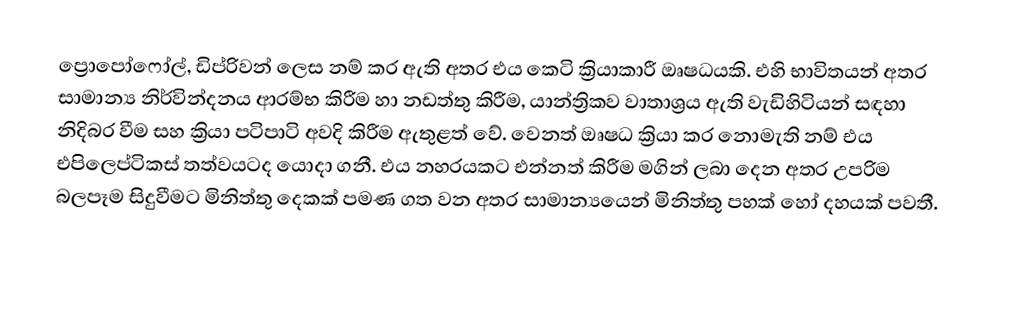
ප්‍රොපෝෆෝල්, ඩිප්රිවන් ලෙස නම් කර ඇති අතර එය කෙටි ක්‍රියාකාරී ඔෘෂධයකි. එහි භාවිතයන් අතර සාමාන්‍ය නිර්වින්දනය ආරම්භ කිරීම හා නඩත්තු කිරීම, යාන්ත්‍රිකව වාතාශ්‍රය ඇති වැඩිහිටියන් සඳහා නිදිබර වීම සහ ක්‍රියා පටිපාටි අවදි කිරීම ඇතුළත් වේ. වෙනත් ඔෘෂධ ක්‍රියා කර නොමැති නම් එය එපිලෙප්ටිකස් තත්වයටද යොදා ගනී. එය නහරයකට එන්නත් කිරීම මගින් ලබා දෙන අතර උපරිම බලපෑම සිදුවීමට මිනිත්තු දෙකක් පමණ ගත වන අතර සාමාන්‍යයෙන් මිනිත්තු පහක් හෝ දහයක් පවතී.